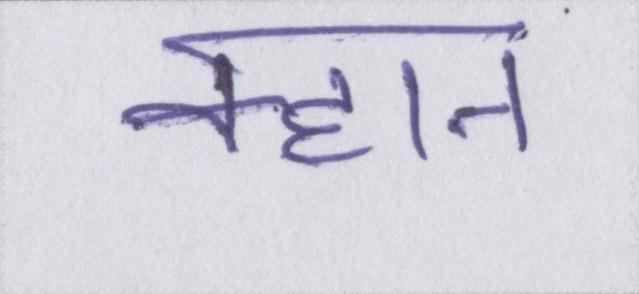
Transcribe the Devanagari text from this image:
क्हान